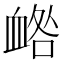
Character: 𧖼